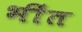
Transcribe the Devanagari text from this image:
भींत